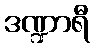
ဒဏ္ဍာရီ